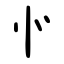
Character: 㣺